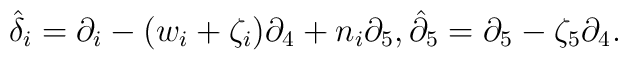
\hat{{\delta }}_{i}=\partial _{i}-(w_{i}+\zeta _{i})\partial_{4}+n_{i}\partial _{5},\hat{{\partial }}_{5}=\partial _{5}-\zeta_{5}\partial _{4}.